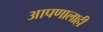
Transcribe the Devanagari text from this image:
आपणालाही